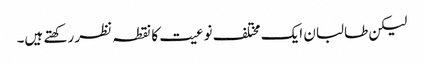
لیکن طالبان ایک مختلف نوعیت کا نقطہ نظر رکھتے ہیں۔